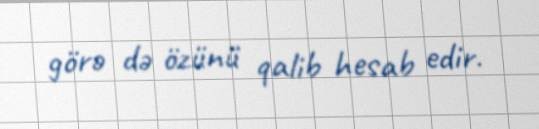
görə də özünü qalib hesab edir.